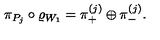
\pi _ { P _ { j } } \circ \varrho _ { W _ { 1 } } = \pi _ { + } ^ { ( j ) } \oplus \pi _ { - } ^ { ( j ) } .